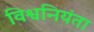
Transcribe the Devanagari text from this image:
विश्वनियंता